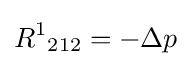
{R^{1}}_{212}=-\Delta p